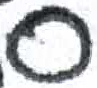
אות: ס